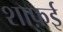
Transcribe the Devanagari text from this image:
शाफ़ई